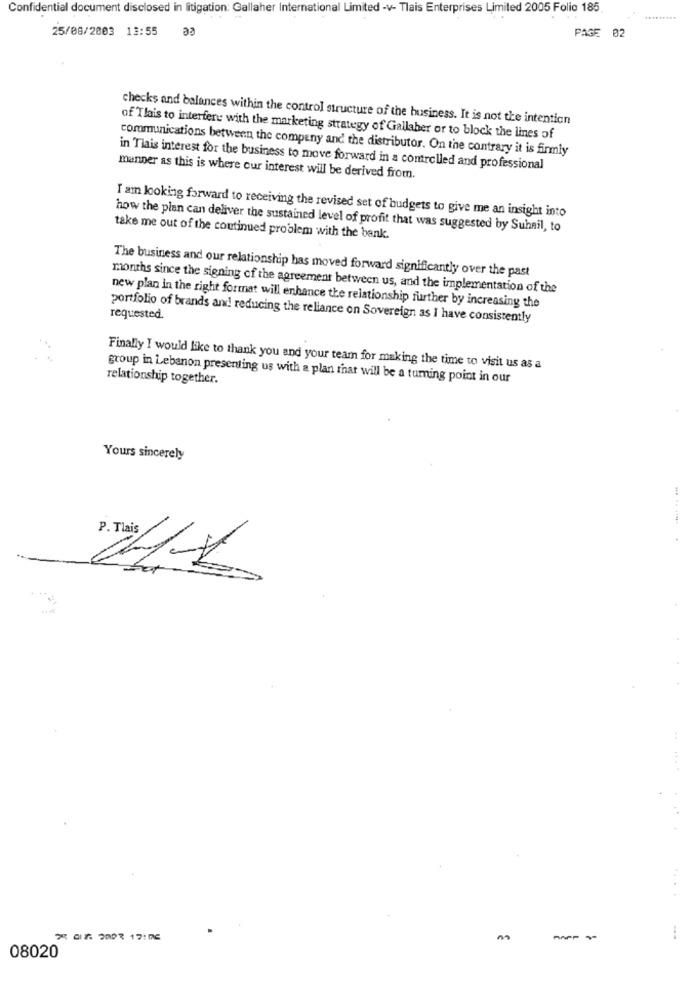
Confidential document disclosed in litigation: Gallaher International Limited -v- Tlais Enterprises Limited 2005 Folio 185
ee
25/08/2003 13:55
PAGE 02
checks and balances within the control structure of the business. It is not the intention
of Tlais to interfere with the marketing strategy of Gallaber or to block the lines of
communications between the company and the distributor. On the contrary it is firmly
in Tlais interest for the business to move forward in a controlled and professional
manner as this is where our interest will be derived from.
I am looking forward to receiving the revised set of budgets to give me an insight into
how the plan can deliver the sustained level of profit that was suggested by Suhail, to
take me out of the continued problem with the bank.
The business and our relationship has moved forward significantly over the past
months since the signing of the agreement between us, and the implementation of the
new plan in the right format will enhance the relationship further by increasing the
portfolio of brands and reducing the reliance on Sovereign as I have consistently
requested.
Finally I would like to thank you and your team for making the time to visit us as a
relationship together.
group in Lebanon presenting us with a plan that will be a turning point in our
Yours sincerely
-.
08020